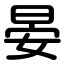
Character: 晏